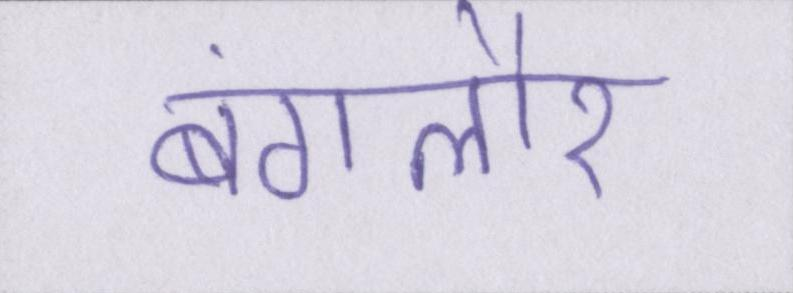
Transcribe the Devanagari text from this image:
बंगलौर